Civil Veterinary Department. Central Provinces & Berar 1932-41 - 1932-1941
Year: 1932
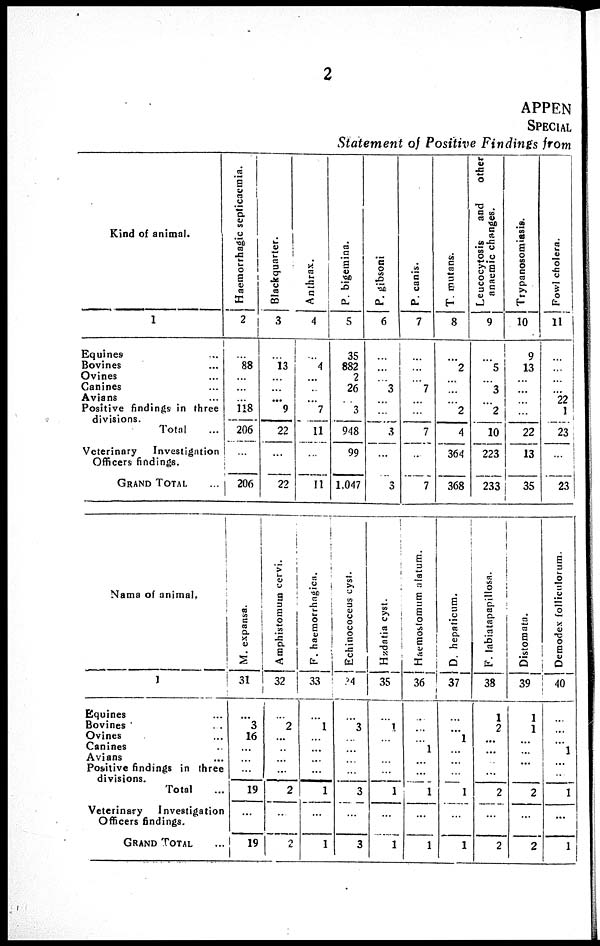
2
APPEN
SPECIAL
Statement of Positive Findings from
Kind of animal.
1
Equities ...
Bovines ...
Ovines ...
Canines ...
Avians ...
Positive findings in three
divisions.
Total ...
Veterinary
Investigation
Officers findings.
GRAND TOTAL ...
Haemorrhagic septicaemia.
2
...
88
...
...
...
118
206
...
206
Blackquarter.
3
...
13
...
...
...
9
22
...
22
Anthrax.
4
...
4
...
...
...
7
11
...
11
P. bigemina.
5
35
882
2
26
...
3
948
99
1,047
P. gibsoni
6
...
...
...
3
...
...
3
...
3
P. canis.
7
...
...
...
7
...
...
7
...
7
T. mutans.
8
...
2
...
...
...
2
4
364
368
Leucocytosis
and
other
anaemic changes.
9
...
5
...
3
...
2
10
223
233
Trypanosomiasis.
10
9
13
...
...
...
...
22
13
35
Fowl cholera.
11
...
...
...
...
22
1
23
...
23
Name of animal.
1
Equines ...
Bovines ...
Ovines ...
Canines ...
Avians ...
Positive findings in three
divisions.
Total ...
Veterinary
Investigation
Officers findings.
GRAND TOTAL ...
M. expanss.
31
...
3
16
...
...
...
19
...
19
Amphistomum cervi.
32
...
2
...
...
...
...
2
...
2
F. haemorrhagica.
33
...
1
...
...
...
...
1
...
1
Echinococeus cyst.
34
...
3
...
...
...
...
3
...
3
Hzdatia cyst.
35
...
1
...
...
...
...
1
...
1
Haemostomum
alarum.
36
...
...
...
1
...
...
1
...
1
D. hepaticum.
37
...
...
1
...
...
...
1
...
1
F. labiatapapillosa.
38
1
2
...
...
...
...
2
...
2
Distomata.
39
1
1
...
...
...
...
2
...
2
Demodex folliculorum.
40
...
...
...
1
...
...
1
...
1